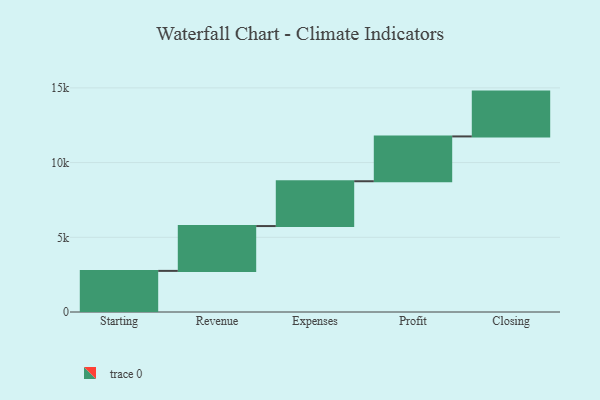
{"axis": {"x": "Step", "y": "Value"}, "legend": [""], "data": [{"x": "Starting", "y": 2752.0, "type": ""}, {"x": "Revenue", "y": 3000, "type": ""}, {"x": "Expenses", "y": 3000, "type": ""}, {"x": "Profit", "y": 3000, "type": ""}, {"x": "Closing", "y": 3000, "type": ""}]}